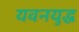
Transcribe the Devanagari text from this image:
यवनयुद्ध